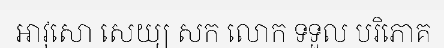
អាវុសោ សេយ្យ សក លោក ទទួល បរិភោគ